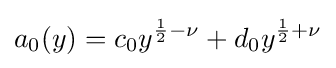
a_{0}(y)=c_{0}y^{{\frac {1}{2}}-\nu }+d_{0}y^{{\frac {1}{2}}+\nu }